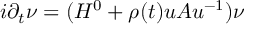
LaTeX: i \partial _ { t } \nu = ( H ^ { 0 } + \rho ( t ) u A u ^ { - 1 } ) \nu